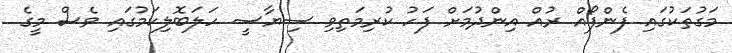
މަގުތަކުގައި ފެންފޯއް ރުއް އިންދުމަށް ފަހު ކުރިމަތިވި ސިޔާސީ ހަލަބޮލިކަމުގައި ވެސް މީގެ